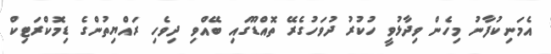
އެމަނިކުފާނު މިހެން ވިދާޅުވީ ހުކުރު ދުވަހުގެރޭ ތޮއްޑޫގައި ބޭއްވި ދިވެހި ރައްޔިތުންގެ ޑިމޮކްރަޓިކް